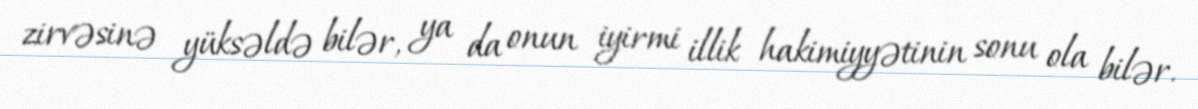
zirvəsinə yüksəldə bilər, ya da onun iyirmi illik hakimiyyətinin sonu ola bilər.